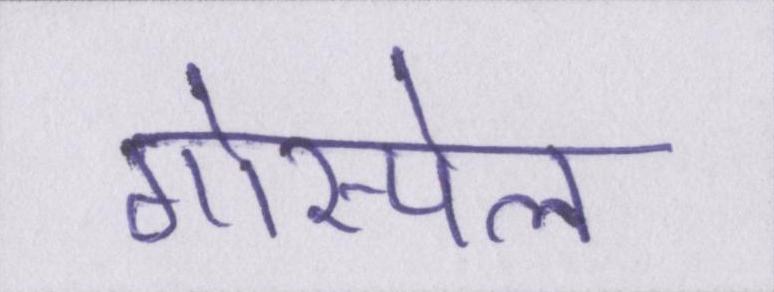
गोस्पेल